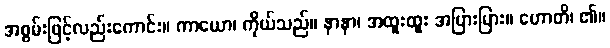
အစွမ်းဖြင့်လည်းကောင်း။ ကာယော၊ ကိုယ်သည်။ နာနာ၊ အထူးထူး အပြားပြား။ ဟောတိ၊ ၏။